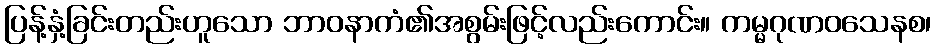
ပြန့်နှံ့ခြင်းတည်းဟူသော ဘာဝနာကံ၏အစွမ်းဖြင့်လည်းကောင်း။ ကမ္မဂုဏဝသေနစ၊